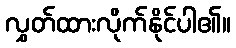
လွှတ်ထားလိုက်နိုင်ပါ၏။